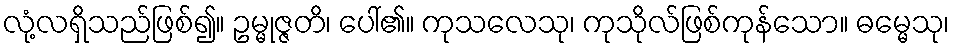
လုံ့လရှိသည်ဖြစ်၍။ ဥမ္မုဇ္ဇတိ၊ ပေါ်၏။ ကုသလေသု၊ ကုသိုလ်ဖြစ်ကုန်သော။ ဓမ္မေသု၊